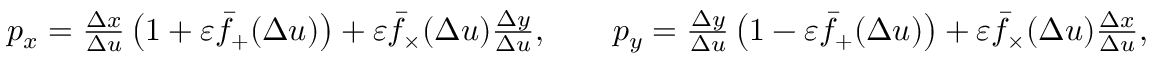
\begin{array} { r } { p _ { x } = \frac { \Delta x } { \Delta u } \left( 1 + \varepsilon \bar { f } _ { + } ( \Delta u ) \right) + \varepsilon \bar { f } _ { \times } ( \Delta u ) \frac { \Delta y } { \Delta u } , \qquad p _ { y } = \frac { \Delta y } { \Delta u } \left( 1 - \varepsilon \bar { f } _ { + } ( \Delta u ) \right) + \varepsilon \bar { f } _ { \times } ( \Delta u ) \frac { \Delta x } { \Delta u } , } \end{array}